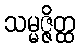
သမ္မဇ္ဇိတ္ထ